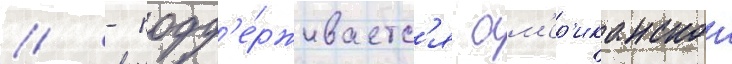
// - подд'е́рживаетс'я ам'ер'иканскои